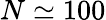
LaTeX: N\simeq 100